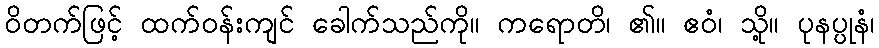
ဝိတက်ဖြင့် ထက်ဝန်းကျင် ခေါက်သည်ကို။ ကရောတိ၊ ၏။ ဧဝံ၊ သို့။ ပုနပ္ပုနံ၊